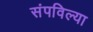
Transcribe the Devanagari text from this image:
संपविल्या